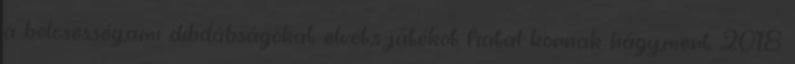
a bölcsesség,ami dibdábságokat elvet,s játékot fiatal kornak hágy,mert 2018